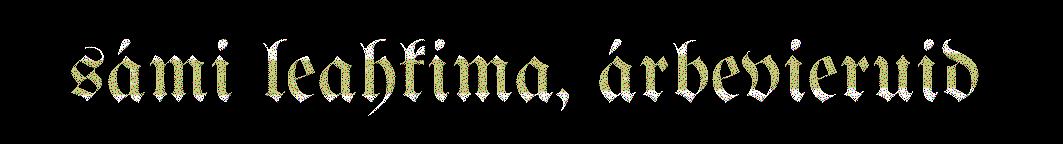
sámi leahkima, árbevieruid